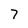
Character: 7